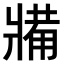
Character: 𤖐